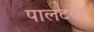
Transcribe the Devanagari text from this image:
पालटवी